Report on the bubonic plague in Bombay, 1896-1897
Year: 1896
Disease focus: Plague
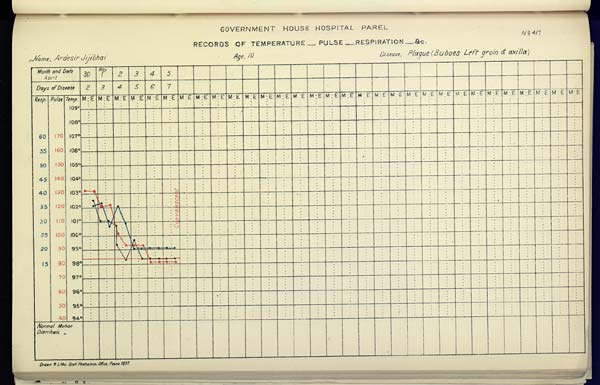
GOVERNMENT HOUSE HOSPITAL PAREL
No. 417
RECORDS OF TEMPERATURE __ PULSE __ RESPIRATION __ &c.
Name,
Ardesir
Jijibhai
Age,
10
Disease,
Plague
(Buboes
Left
groin
&
axilla)
Drawn & Litho Govt. Photozinco, Office, Poona 1897.